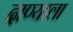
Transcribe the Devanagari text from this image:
दाण्याला